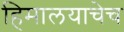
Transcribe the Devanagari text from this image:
हिमालयाचेच